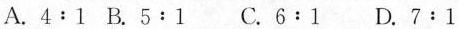
A.$$4 : 1$$ B.$$5 : 1$$ C.$$6 : 1$$ D.$$7 : 1$$